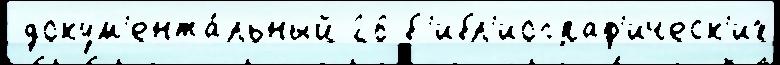
 докум'ента́льный 26 б'ибл'иограф'ическ'их